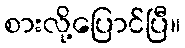
စားလို့ပြောင်ပြီ။